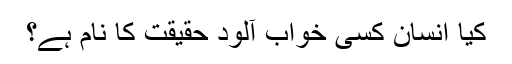
کیا انسان کسی خواب آلود حقیقت کا نام ہے؟